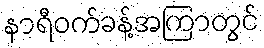
နာရီဝက်ခန့်အကြာတွင်